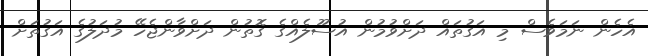
އެހެން ނަމަވެސް މި އަގުތައް ދަށްވުމުން އުސޫލެއްގެ ގޮތުން ދަށްވާންޖެހޭ މުދަލުގެ އަގުތަށް